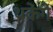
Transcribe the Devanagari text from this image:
थकेंगे